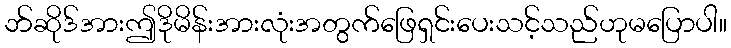
ဘ်ဆိုဒ်အားဤဒိုမိန်းအားလုံးအတွက်ဖြေရှင်းပေးသင့်သည်ဟုမပြောပါ။